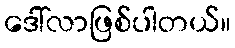
ဒေါ်လာဖြစ်ပါတယ်။